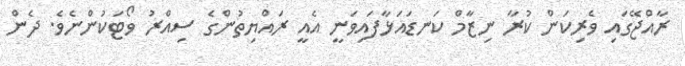
ރާއްޖޭގައި ވެރިކަން ކުރާ ނިޒާމް ކަނޑައަޅާފައިވަނީ އެއީ ރައްޔިތުންގެ ސިއްރު ވޯޓަކުންނެވެ. ދެން